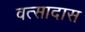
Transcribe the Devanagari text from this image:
वत्सादास